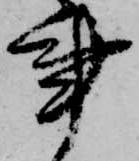
事